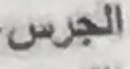
الجرس